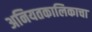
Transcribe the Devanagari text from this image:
अनियतकालिकाचा